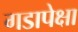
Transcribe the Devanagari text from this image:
गडापेक्षा